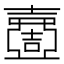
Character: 𡕍